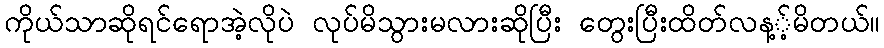
ကိုယ်သာဆိုရင်ရောအဲ့လိုပဲ လုပ်မိသွားမလားဆိုပြီး တွေးပြီးထိတ်လန့့်မိတယ်။